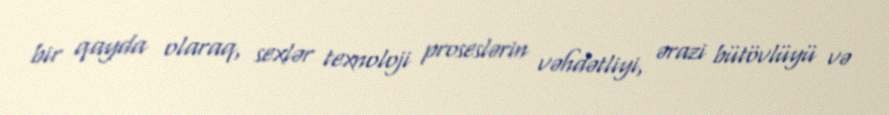
bir qayda olaraq, sexlər texnoloji proseslərin vəhdətliyi, ərazi bütövlüyü və